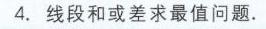
4. 线段和或差求最值问题.